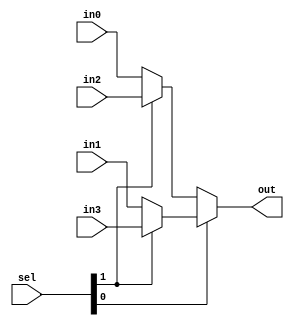
module mux4way
  #(parameter width=32)
   (
    output [width-1:0] out,
    input [1:0]        sel,
    input [width-1:0]  in0,
    input [width-1:0]  in1,
    input [width-1:0]  in2,
    input [width-1:0]  in3
    );

   assign out = sel[0] ? (sel[1] ? in3 : in1) : (sel[1] ? in2 : in0);
endmodule